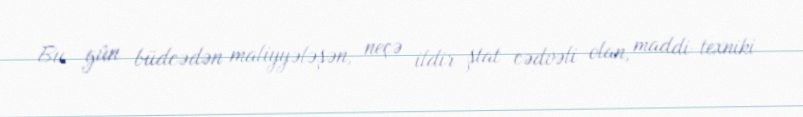
Bu gün büdcədən maliyyələşən, neçə ildir ştat cədvəli olan, maddi-texniki